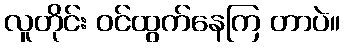
လူတိုင်း ဝင်ထွက်နေကြ တာပဲ။